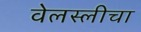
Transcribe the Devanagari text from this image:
वेलस्लीचा